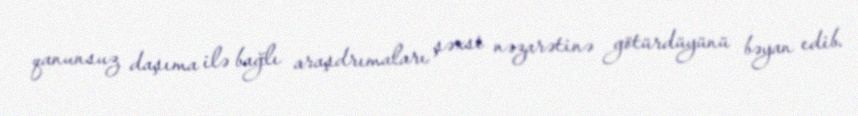
qanunsuz daşıma ilə bağlı araşdrımaları şəxsi nəzarətinə götürdüyünü bəyan edib.